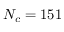
N _ { c } = 1 5 1